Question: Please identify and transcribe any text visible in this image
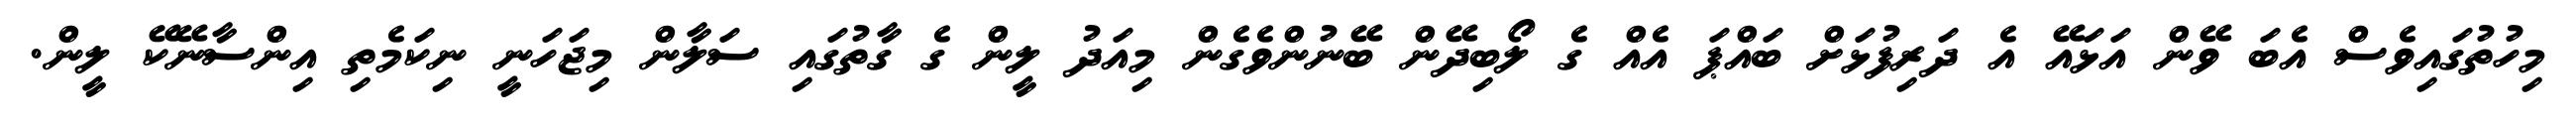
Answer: މިހުތުގައިވެސް އެބަ ވޭން އަޅައޭ އެ ދަރިފުޅަށް ބައްޕަ އެއް ގެ ލޯބިދޭން ބޭނުންވެގެން މިއަދު ލީން ގެ ގާތުގައި ސަލާން މިޖަހަނީ ނިކަމެތި އިންސާނޭކޭ ލީން.